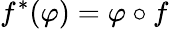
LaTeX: f^{*}(\varphi)=\varphi\circ f